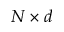
N \times d